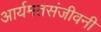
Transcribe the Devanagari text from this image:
आर्यमतसंजीवनी